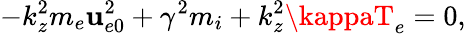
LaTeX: -k_{z}^{2}m_{e}\mathbf{u}_{e0}^{2}+\gamma^{2}m_{i}+k_{z}^{2}\kappaT_{e}=0,